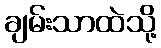
ချမ်းသာထဲသို့